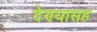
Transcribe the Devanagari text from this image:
देण्‍यासह